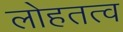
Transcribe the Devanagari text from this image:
लोहतत्व